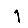
Digit: 1